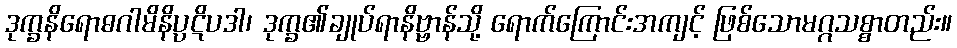
ဒုက္ခနိရောဓဂါမိနိပ္ပဋိပဒါ၊ ဒုက္ခ၏ချုပ်ရာနိဗ္ဗာန်သို့ ရောက်ကြောင်းအကျင့် ဖြစ်သောမဂ္ဂသစ္စာတည်း။